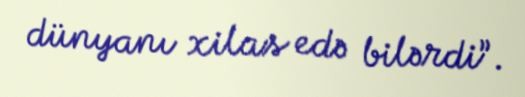
dünyanı xilas edə bilərdi”.